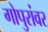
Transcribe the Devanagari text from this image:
गोपुरांवर